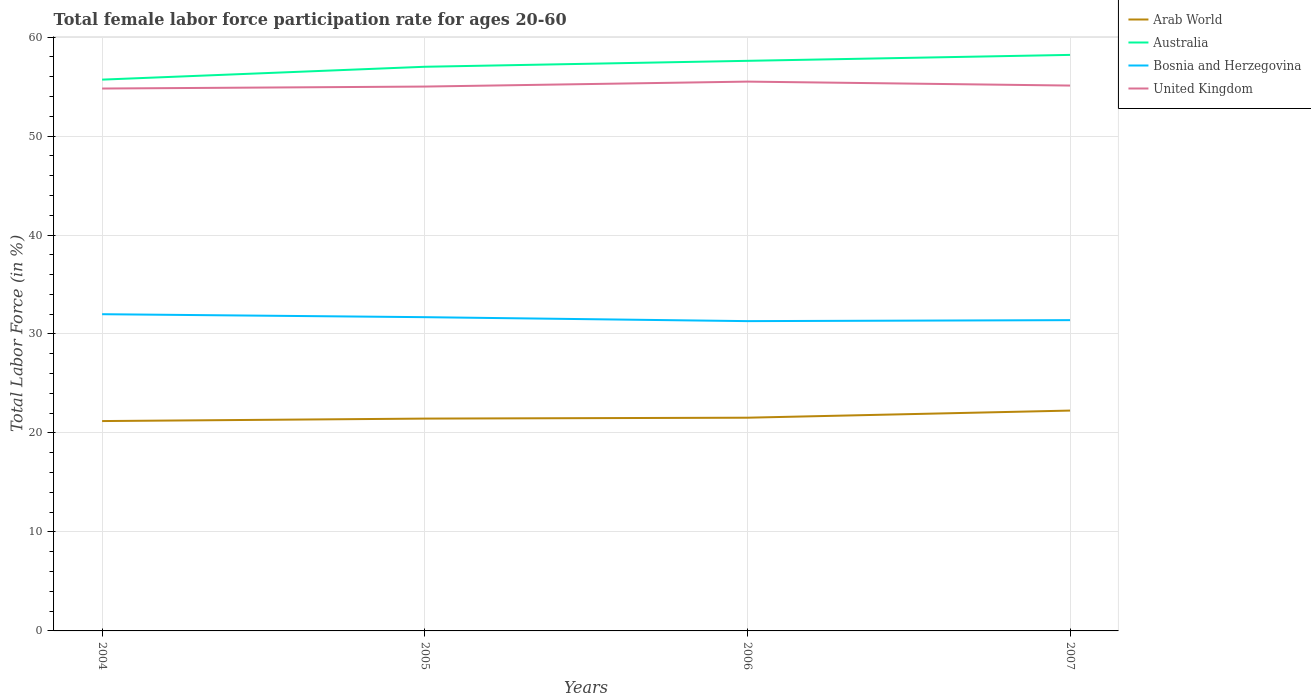
| Years | Arab World | Australia | Bosnia and Herzegovina | United Kingdom |
 | --- | --- | --- | --- | --- |
 | 2004 | 21.2 | 55.7 | 32 | 54.8 |
 | 2005 | 21.5 | 57 | 31.7 | 55 |
 | 2006 | 21.5 | 57.6 | 31.3 | 55.5 |
 | 2007 | 22.3 | 58.2 | 31.4 | 55.1 |